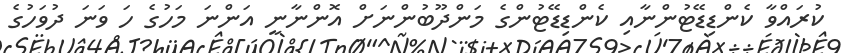
ކުރައްވާ ކެންޑިޑޭޓުންނާއި ކެންޑިޑޭޓުންގެ މަންދޫބުންނަށް އޮންނާނީ އަންނަ މަހުގެ ހަ ވަނަ ދުވަހުގެ